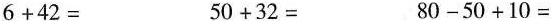
$$6+42=$$ $$50+32=$$ $$80-50+10=$$